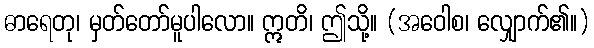
ဓာရေတု၊ မှတ်တော်မူပါလော။ ဣတိ၊ ဤသို့။ (အဝေါစ၊ လျှောက်၏။)